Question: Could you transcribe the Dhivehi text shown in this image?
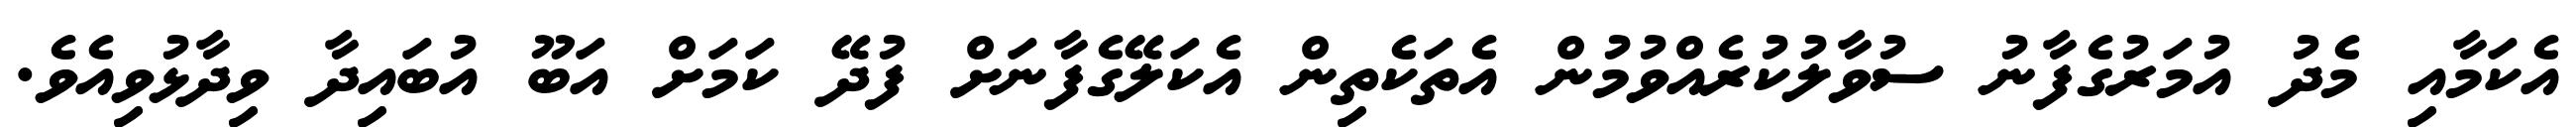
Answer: އެކަމާއި މެދު އުމަރުގެފާނު ސުވާލުކުރެއްވުމުން އެތަކެތިން އެކަލޭގެފާނަށް ފުދޭ ކަމަށް އަބޫ އުބައިދާ ވިދާޅުވިއެވެ.